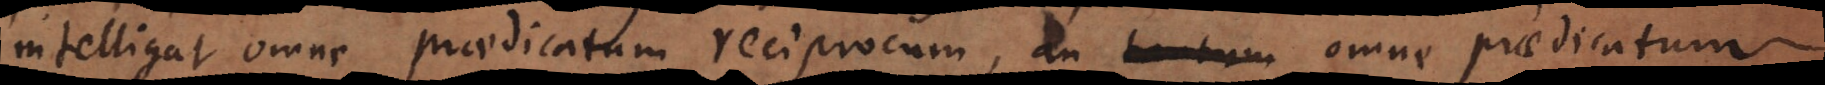
intelligat omne praedicatum reciprocum, an tantum omne praedicatum